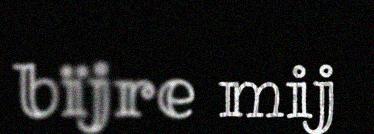
bïjre mij